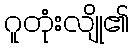
ဂူတုံးလျို၏